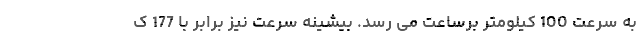
به سرعت 100 کیلومتر برساعت می رسد. بیشینه سرعت نیز برابر با 177 ک